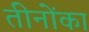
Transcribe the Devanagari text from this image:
तीनोंका